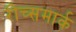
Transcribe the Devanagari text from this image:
रीच्समार्क